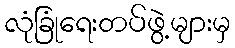
လုံခြုံရေးတပ်ဖွဲ့များမှ